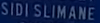
SIDI-SLIMANE